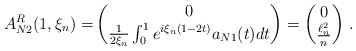
\begin{align*}A_{N2}^R(1,\xi_n)=& \begin{pmatrix}0 \\ \frac{1}{2\xi_n}\int_0^1e^{i\xi_n(1-2t)}a_{N1}(t)dt\end{pmatrix}= \begin{pmatrix}0\\\frac{\ell^2_n}{n}\end{pmatrix} \, .\end{align*}